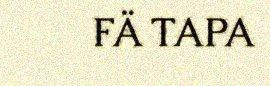
FÄ TAPA